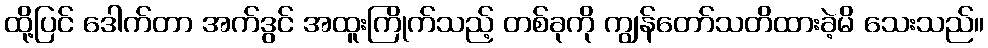
ထို့ပြင် ဒေါက်တာ အက်ဒွင် အထူးကြိုက်သည့် တစ်ခုကို ကျွန်တော်သတိထားခဲ့မိ သေးသည်။